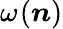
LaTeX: \omega_{}(\boldsymbol n)